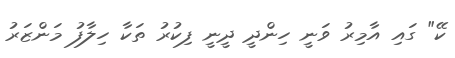
ކޭ" ގައި އާމިރު ވަނީ ހިންދީ ދީނީ ފިކުރު ތަކާ ހިލާފު މަންޒަރު